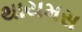
થાયમસ